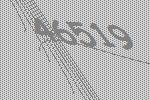
46519